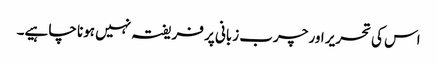
اس کی تحریر اور چرب زبانی پر فریفتہ نہیں ہونا چا ہیے۔